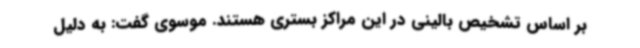
بر اساس تشخیص بالینی در این مراکز بستری هستند. موسوی گفت: به دلیل